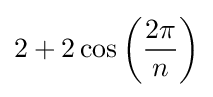
2+2\cos \left({\frac {2\pi }{n}}\right)